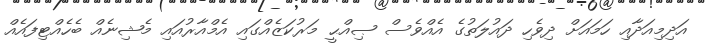
އަދިމިއަދާއި ހަމައަށް ދިވެހި ދައުލަތުގެ އެއްވެސް ޞިއްޙީ މަރުކަޒެއްގައި އެމްއާރުއައި މެޝިނެއް ބެހެއްޓިފައެއް